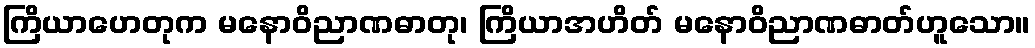
ကြိယာဟေတုက မနောဝိညာဏဓာတု၊ ကြိယာအဟိတ် မနောဝိညာဏဓာတ်ဟူသော။